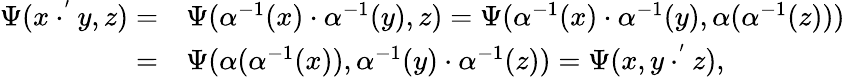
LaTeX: \begin{array}{rl}{\Psi(x\cdot^{'}y,z)=}&{\Psi(\alpha^{-1}(x)\cdot\alpha^{-1}(y),z)=\Psi(\alpha^{-1}(x)\cdot\alpha^{-1}(y),\alpha(\alpha^{-1}(z)))}\\ {=}&{\Psi(\alpha(\alpha^{-1}(x)),\alpha^{-1}(y)\cdot\alpha^{-1}(z))=\Psi(x,y\cdot^{'}z),}\end{array}